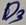
Text: D3